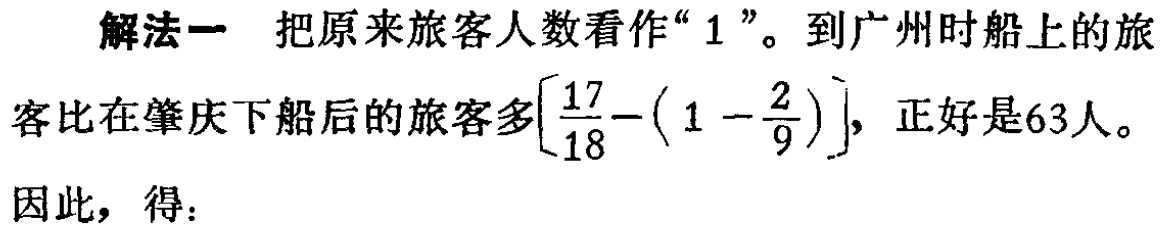
解法一 把原来旅客人数看作“$1$”。到广州时船上的旅客比在肇庆下船后的旅客多$\left[\dfrac{17}{18}-\left(1 - \dfrac{2}{9}\right)\right]$，正好是63人。

因此，得：